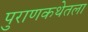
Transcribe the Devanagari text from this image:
पुराणकथेतला